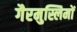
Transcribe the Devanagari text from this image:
गैरमुस्लिमों